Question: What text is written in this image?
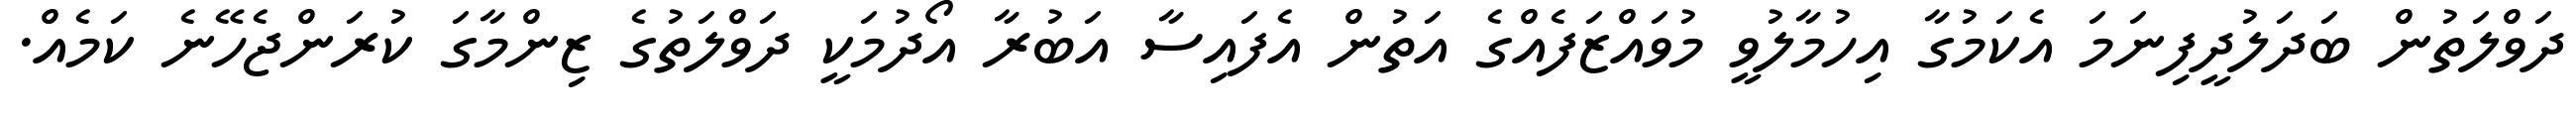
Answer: ދަވްލަތުން ބަދަލުދީފިނަމަ އެކަމުގާ އިހުމާލުވީ މުވައްޒަފެއްގެ އަތުން އެފައިސާ އަބުރާ އޯދުމަކީ ދަވްލަތުގެ ޒިންމާގަ ކުރަންޖެހޭނެ ކަމެއް.